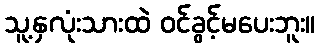
သူ့နှလုံးသားထဲ ဝင်ခွင့်မပေးဘူး။